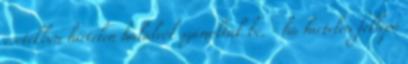
esetekben hirtelen halálról számoltak be. - ha hirtelen fellépő